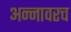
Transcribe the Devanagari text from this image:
अन्नावरच